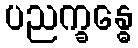
ပညက္ခန္ဓေ